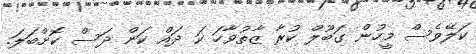
ކަލޭވެސް މީހުން ގަބޫލް ކުރާ ޒާތުވާހަ ކަ ދައް ކަން ދަސް ކޮށްބަލަ.